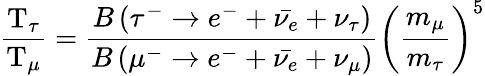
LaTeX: {\frac{\mathrm{T}_{\tau}}{\mathrm{T}_{\mu}}}={\frac{B\left(\tau^{-}\rightarrow e^{-}+{\bar{\nu_{e}}}+\nu_{\tau}\right)}{B\left(\mu^{-}\rightarrow e^{-}+{\bar{\nu_{e}}}+\nu_{\mu}\right)}}\left({\frac{m_{\mu}}{m_{\tau}}}\right)^{5}